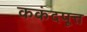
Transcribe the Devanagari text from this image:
ककंदपूत्त